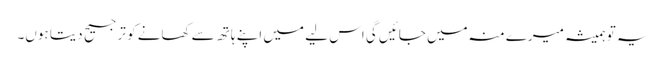
یہ تو ہمیشہ میرے منہ میں جائیں گی اس لیے میں اپنے ہاتھ سے کھانے کو ترجیح دیتا ہوں۔